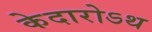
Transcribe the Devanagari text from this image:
केदारोऽथ